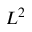
L ^ { 2 }